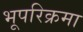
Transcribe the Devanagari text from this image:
भूपरिक्रमा